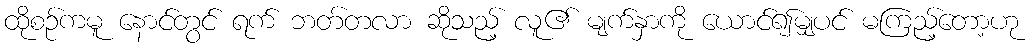
ထိုစဉ်ကမူ နောင်တွင် ရက် ဘတ်တလာ ဆိုသည့် လူ၏ မျက်နှာကို ယောင်၍မျှပင် မကြည့်တော့ဟု